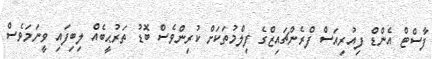
ފާސްޓް އެންޑް ފިއުރިއަސް ފްރެންޗައިޒްގެ ފިލްމުތަކަށް ކުރިންވެސް ބޮޑު ތަރުޙީބެއް ލިބިފައި ވީނަމަވެސް